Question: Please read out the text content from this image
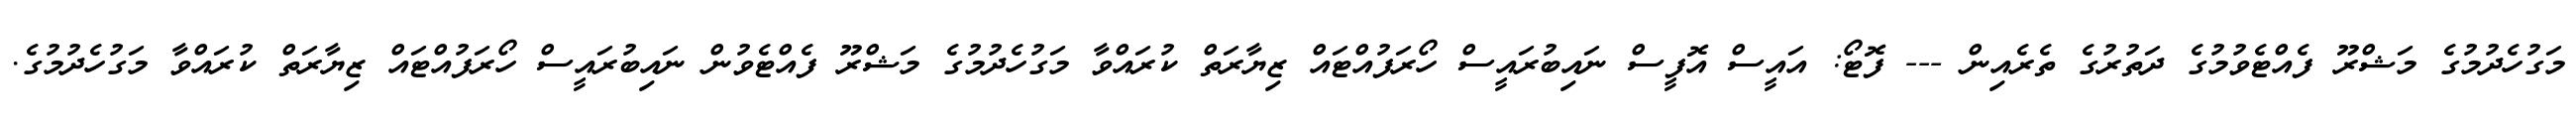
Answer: މަގުހެދުމުގެ މަޝްރޫ ފެއްޓެވުމުގެ ދަތުރުގެ ތެރެއިން --- ފޮޓޯ: އައީސް އޮފީސް ނައިބުރައީސް ހޯރަފުއްޓައް ޒިޔާރަތް ކުރައްވާ މަގުހެދުމުގެ މަޝްރޫ ފެއްޓެވުން ނައިބުރައީސް ހޯރަފުއްޓައް ޒިޔާރަތް ކުރައްވާ މަގުހެދުމުގެ.